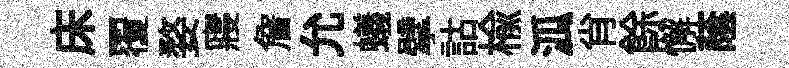
床覆婺寢詹允蟻擘詁榆泒肖餘懈蔭